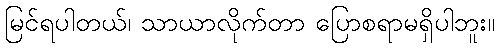
မြင်ရပါတယ်၊ သာယာလိုက်တာ ပြောစရာမရှိပါဘူး။